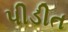
પીડીત